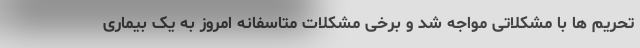
تحریم ها با مشکلاتی مواجه شد و برخی مشکلات متاسفانه امروز به یک بیماری